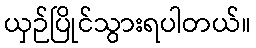
ယှဉ်ပြိုင်သွားရပါတယ်။